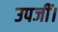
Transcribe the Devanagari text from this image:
उपजीं।